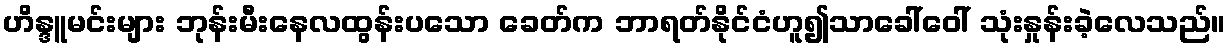
ဟိန္ဒူမင်းများ ဘုန်းမီးနေလထွန်းပသော ခေတ်က ဘာရတ်နိုင်ငံဟူ၍သာခေါ်ဝေါ် သုံးနှုန်းခဲ့လေသည်။